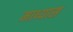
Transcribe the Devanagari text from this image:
माध्यास